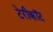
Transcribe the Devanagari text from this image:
टेरीकॉट